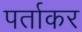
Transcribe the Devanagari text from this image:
पर्ताकर